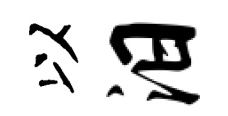
以汨